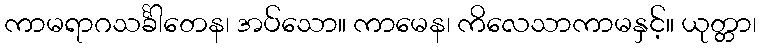
ကာမရာဂသင်္ခါတေန၊ အပ်သော။ ကာမေန၊ ကိလေသာကာမနှင့်။ ယုတ္တာ၊